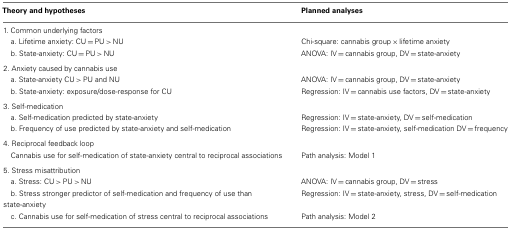
<table><thead><tr><td><b>Theory and hypotheses</b></td><td><b>Planned analyses</b></td></tr></thead><tbody><tr><td colspan="2">1. Common underlying factors</td></tr><tr><td> a. Lifetime anxiety: CU = PU &gt; NU</td><td>Chi-square: cannabis group × lifetime anxiety</td></tr><tr><td> b. State-anxiety: CU = PU &gt; NU</td><td>ANOVA: IV = cannabis group, DV = state-anxiety</td></tr><tr><td colspan="2">2. Anxiety caused by cannabis use</td></tr><tr><td> a. State-anxiety CU &gt; PU and NU</td><td>ANOVA: IV = cannabis group, DV = state-anxiety</td></tr><tr><td> b. State-anxiety: exposure/dose-response for CU</td><td>Regression: IV = cannabis use factors, DV = state-anxiety</td></tr><tr><td colspan="2">3. Self-medication</td></tr><tr><td> a. Self-medication predicted by state-anxiety</td><td>Regression: IV = state-anxiety, DV = self-medication</td></tr><tr><td> b. Frequency of use predicted by state-anxiety and self-medication</td><td>Regression: IV = state-anxiety, self-medication DV = frequency</td></tr><tr><td colspan="2">4. Reciprocal feedback loop</td></tr><tr><td> Cannabis use for self-medication of state-anxiety central to reciprocal associations</td><td>Path analysis: Model 1</td></tr><tr><td colspan="2">5. Stress misattribution</td></tr><tr><td> a. Stress: CU &gt; PU &gt; NU</td><td>ANOVA: IV = cannabis group, DV = stress</td></tr><tr><td> b. Stress stronger predictor of self-medication and frequency of use than state-anxiety</td><td>Regression: IV = state-anxiety, stress, DV = self-medication</td></tr><tr><td> c. Cannabis use for self-medication of stress central to reciprocal associations</td><td>Path analysis: Model 2</td></tr></tbody></table>